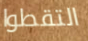
التقطوا